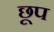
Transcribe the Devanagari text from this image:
छूप